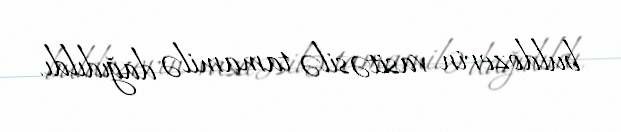
buldozerin vasitəsilə tamamilə dağıdıldı.